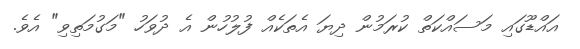
އައްޑޫގައި މަސައްކަތް ކުރަމުން ދިޔަ އެތަކެއް ފުލުހުން އެ ދުވަހު "މަގުމަތިވި" އެވެ.